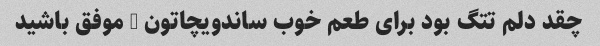
چقد دلم تتگ بود برای طعم خوب ساندویچاتون … موفق باشید